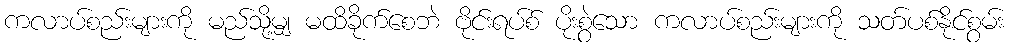
ကလာပ်စည်းများကို မည်သို့မျှ မထိခိုက်စေဘဲ ဗိုင်းရပ်စ် ပိုးစွဲသော ကလာပ်စည်းများကို သတ်ပစ်နိုင်စွမ်း